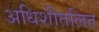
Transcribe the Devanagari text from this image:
अधिशीतलित